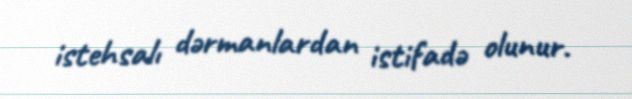
istehsalı dərmanlardan istifadə olunur.